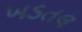
ખડતલ